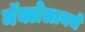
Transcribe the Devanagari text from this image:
मॅक्लेलानचे